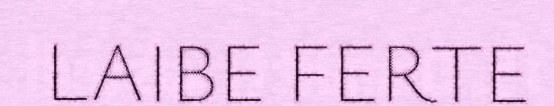
LAIBE FERTE